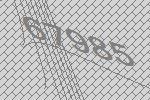
67985